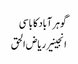
گوہر آباد کا باسی
انجینیر ریاض الحق